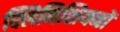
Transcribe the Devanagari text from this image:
क्लिनिशियनों